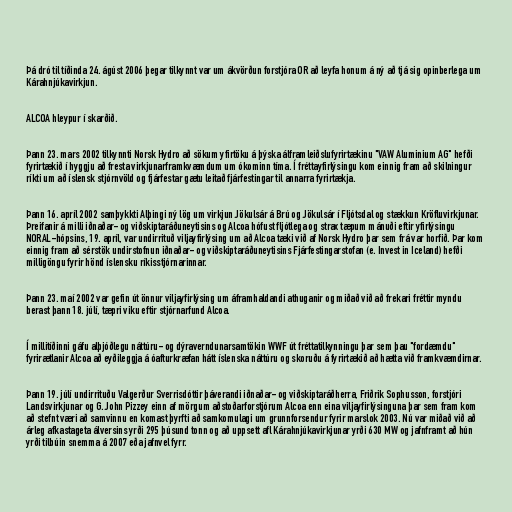
Þá dró til tíðinda 24. ágúst 2006 þegar tilkynnt var um ákvörðun forstjóra OR að leyfa honum á ný að tjá sig opinberlega um
Kárahnjúkavirkjun.

ALCOA hleypur í skarðið.

Þann 23. mars 2002 tilkynnti Norsk Hydro að sökum yfirtöku á þýska álframleiðslufyrirtækinu "VAW Aluminium AG" hefði
fyrirtækið í hyggju að fresta virkjunarframkvæmdum um ókominn tíma. Í fréttayfirlýsingu kom einnig fram að skilningur
ríkti um að íslensk stjórnvöld og fjárfestar gætu leitað fjárfestingar til annarra fyrirtækja.

Þann 16. apríl 2002 samþykkti Alþingi ný lög um virkjun Jökulsár á Brú og Jökulsár í Fljótsdal og stækkun Kröfluvirkjunar.
Þreifanir á milli iðnaðar- og viðskiptaráðuneytisins og Alcoa hófust fljótlega og strax tæpum mánuði eftir yfirlýsingu
NORAL-hópsins, 19. apríl, var undirrituð viljayfirlýsing um að Alcoa tæki við af Norsk Hydro þar sem frá var horfið. Þar kom
einnig fram að sérstök undirstofnun iðnaðar- og viðskiptaráðuneytisins Fjárfestingarstofan (e. Invest in Iceland) hefði
milligöngu fyrir hönd íslensku ríkisstjórnarinnar.

Þann 23. maí 2002 var gefin út önnur viljayfirlýsing um áframhaldandi athuganir og miðað við að frekari fréttir myndu
berast þann 18. júlí, tæpri viku eftir stjórnarfund Alcoa.

Í millitíðinni gáfu alþjóðlegu náttúru- og dýraverndunarsamtökin WWF út fréttatilkynningu þar sem þau "fordæmdu"
fyrirætlanir Alcoa að eyðileggja á óafturkræfan hátt íslenska náttúru og skoruðu á fyrirtækið að hætta við framkvæmdirnar.

Þann 19. júlí undirrituðu Valgerður Sverrisdóttir þáverandi iðnaðar- og viðskiptaráðherra, Friðrik Sophusson, forstjóri
Landsvirkjunar og G. John Pizzey einn af mörgum aðstoðarforstjórum Alcoa enn eina viljayfirlýsinguna þar sem fram kom
að stefnt væri að samvinnu en komast þyrfti að samkomulagi um grunnforsendur fyrir marslok 2003. Nú var miðað við að
árleg afkastageta álversins yrði 295 þúsund tonn og að uppsett afl Kárahnjúkavirkjunar yrði 630 MW og jafnframt að hún
yrði tilbúin snemma á 2007 eða jafnvel fyrr.